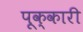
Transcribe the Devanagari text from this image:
पूक्कारी